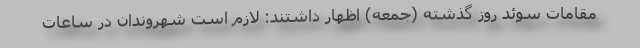
مقامات سوئد روز گذشته (جمعه) اظهار داشتند: لازم است شهروندان در ساعات